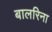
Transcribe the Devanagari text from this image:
बालरिना